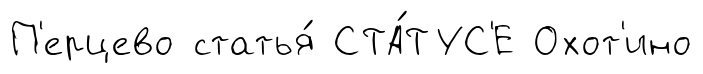
П'ерцево статья́ СТА́ТУС'Е Охот'ино